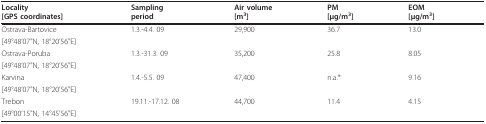
<table><thead><tr><td><b>Locality[GPS coordinates]</b></td><td><b>Samplingperiod</b></td><td><b>Air volume[m<sup>3</sup>]</b></td><td><b>PM[μg/m<sup>3</sup>]</b></td><td><b>EOM[μg/m<sup>3</sup>]</b></td></tr></thead><tbody><tr><td>Ostrava-Bartovice</td><td>1.3.-4.4. 09</td><td>29,900</td><td>36.7</td><td>13.0</td></tr><tr><td>[49°48&#x27;07&quot;N, 18°20&#x27;56&quot;E]</td><td></td><td></td><td></td><td></td></tr><tr><td>Ostrava-Poruba</td><td>1.3.-31.3. 09</td><td>35,200</td><td>25.8</td><td>8.05</td></tr><tr><td>[49°48&#x27;07&quot;N, 18°20&#x27;56&quot;E]</td><td></td><td></td><td></td><td></td></tr><tr><td>Karvina</td><td>1.4.-5.5. 09</td><td>47,400</td><td>n.a.*</td><td>9.16</td></tr><tr><td>[49°48&#x27;07&quot;N, 18°20&#x27;56&quot;E]</td><td></td><td></td><td></td><td></td></tr><tr><td>Trebon</td><td>19.11.-17.12. 08</td><td>44,700</td><td>11.4</td><td>4.15</td></tr><tr><td>[49°00&#x27;15&quot;N, 14°45&#x27;56&quot;E]</td><td></td><td></td><td></td><td></td></tr></tbody></table>